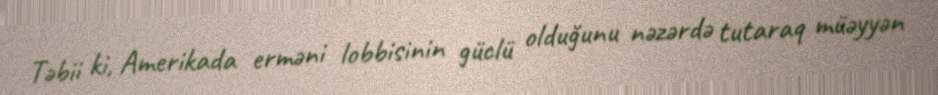
Təbii ki, Amerikada erməni lobbisinin güclü olduğunu nəzərdə tutaraq müəyyən